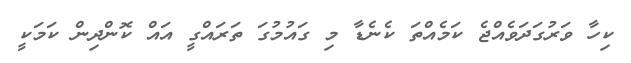
ކިހާ ވަރުގަދަވެއްޖެ ކަމެއްތަ ކެނެޑާ މި ގައުމުގަ ތަރައްގީ އައް ކޮންދިން ކަމަކީ